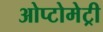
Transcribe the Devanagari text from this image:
ओप्टोमेट्री